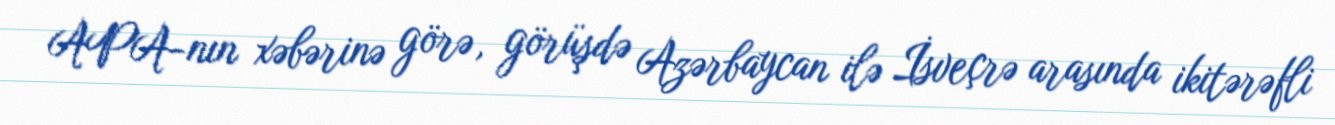
APA-nın xəbərinə görə, görüşdə Azərbaycan ilə İsveçrə arasında ikitərəfli